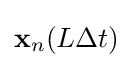
\mathbf {x} _{n}(L\Delta t)